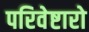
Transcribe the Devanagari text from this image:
परिवेष्टारो